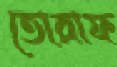
তোরাফ